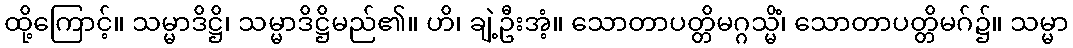
ထို့ကြောင့်။ သမ္မာဒိဋ္ဌိ၊ သမ္မာဒိဋ္ဌိမည်၏။ ဟိ၊ ချဲ့ဦးအံ့။ သောတာပတ္တိမဂ္ဂသ္မိံ၊ သောတာပတ္တိမဂ်၌။ သမ္မာ